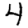
Digit: 4